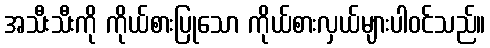
အသီးသီးကို ကိုယ်စားပြုသော ကိုယ်စားလှယ်များပါဝင်သည်။